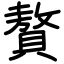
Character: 贅